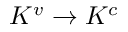
K ^ { v } \rightarrow K ^ { c }